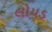
લોયડ